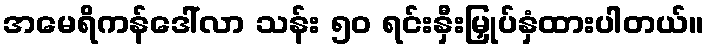
အမေရိကန်ဒေါ်လာ သန်း ၅၀ ရင်းနှီးမြှုပ်နှံထားပါတယ်။